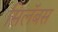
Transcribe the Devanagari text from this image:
सिलॅबस